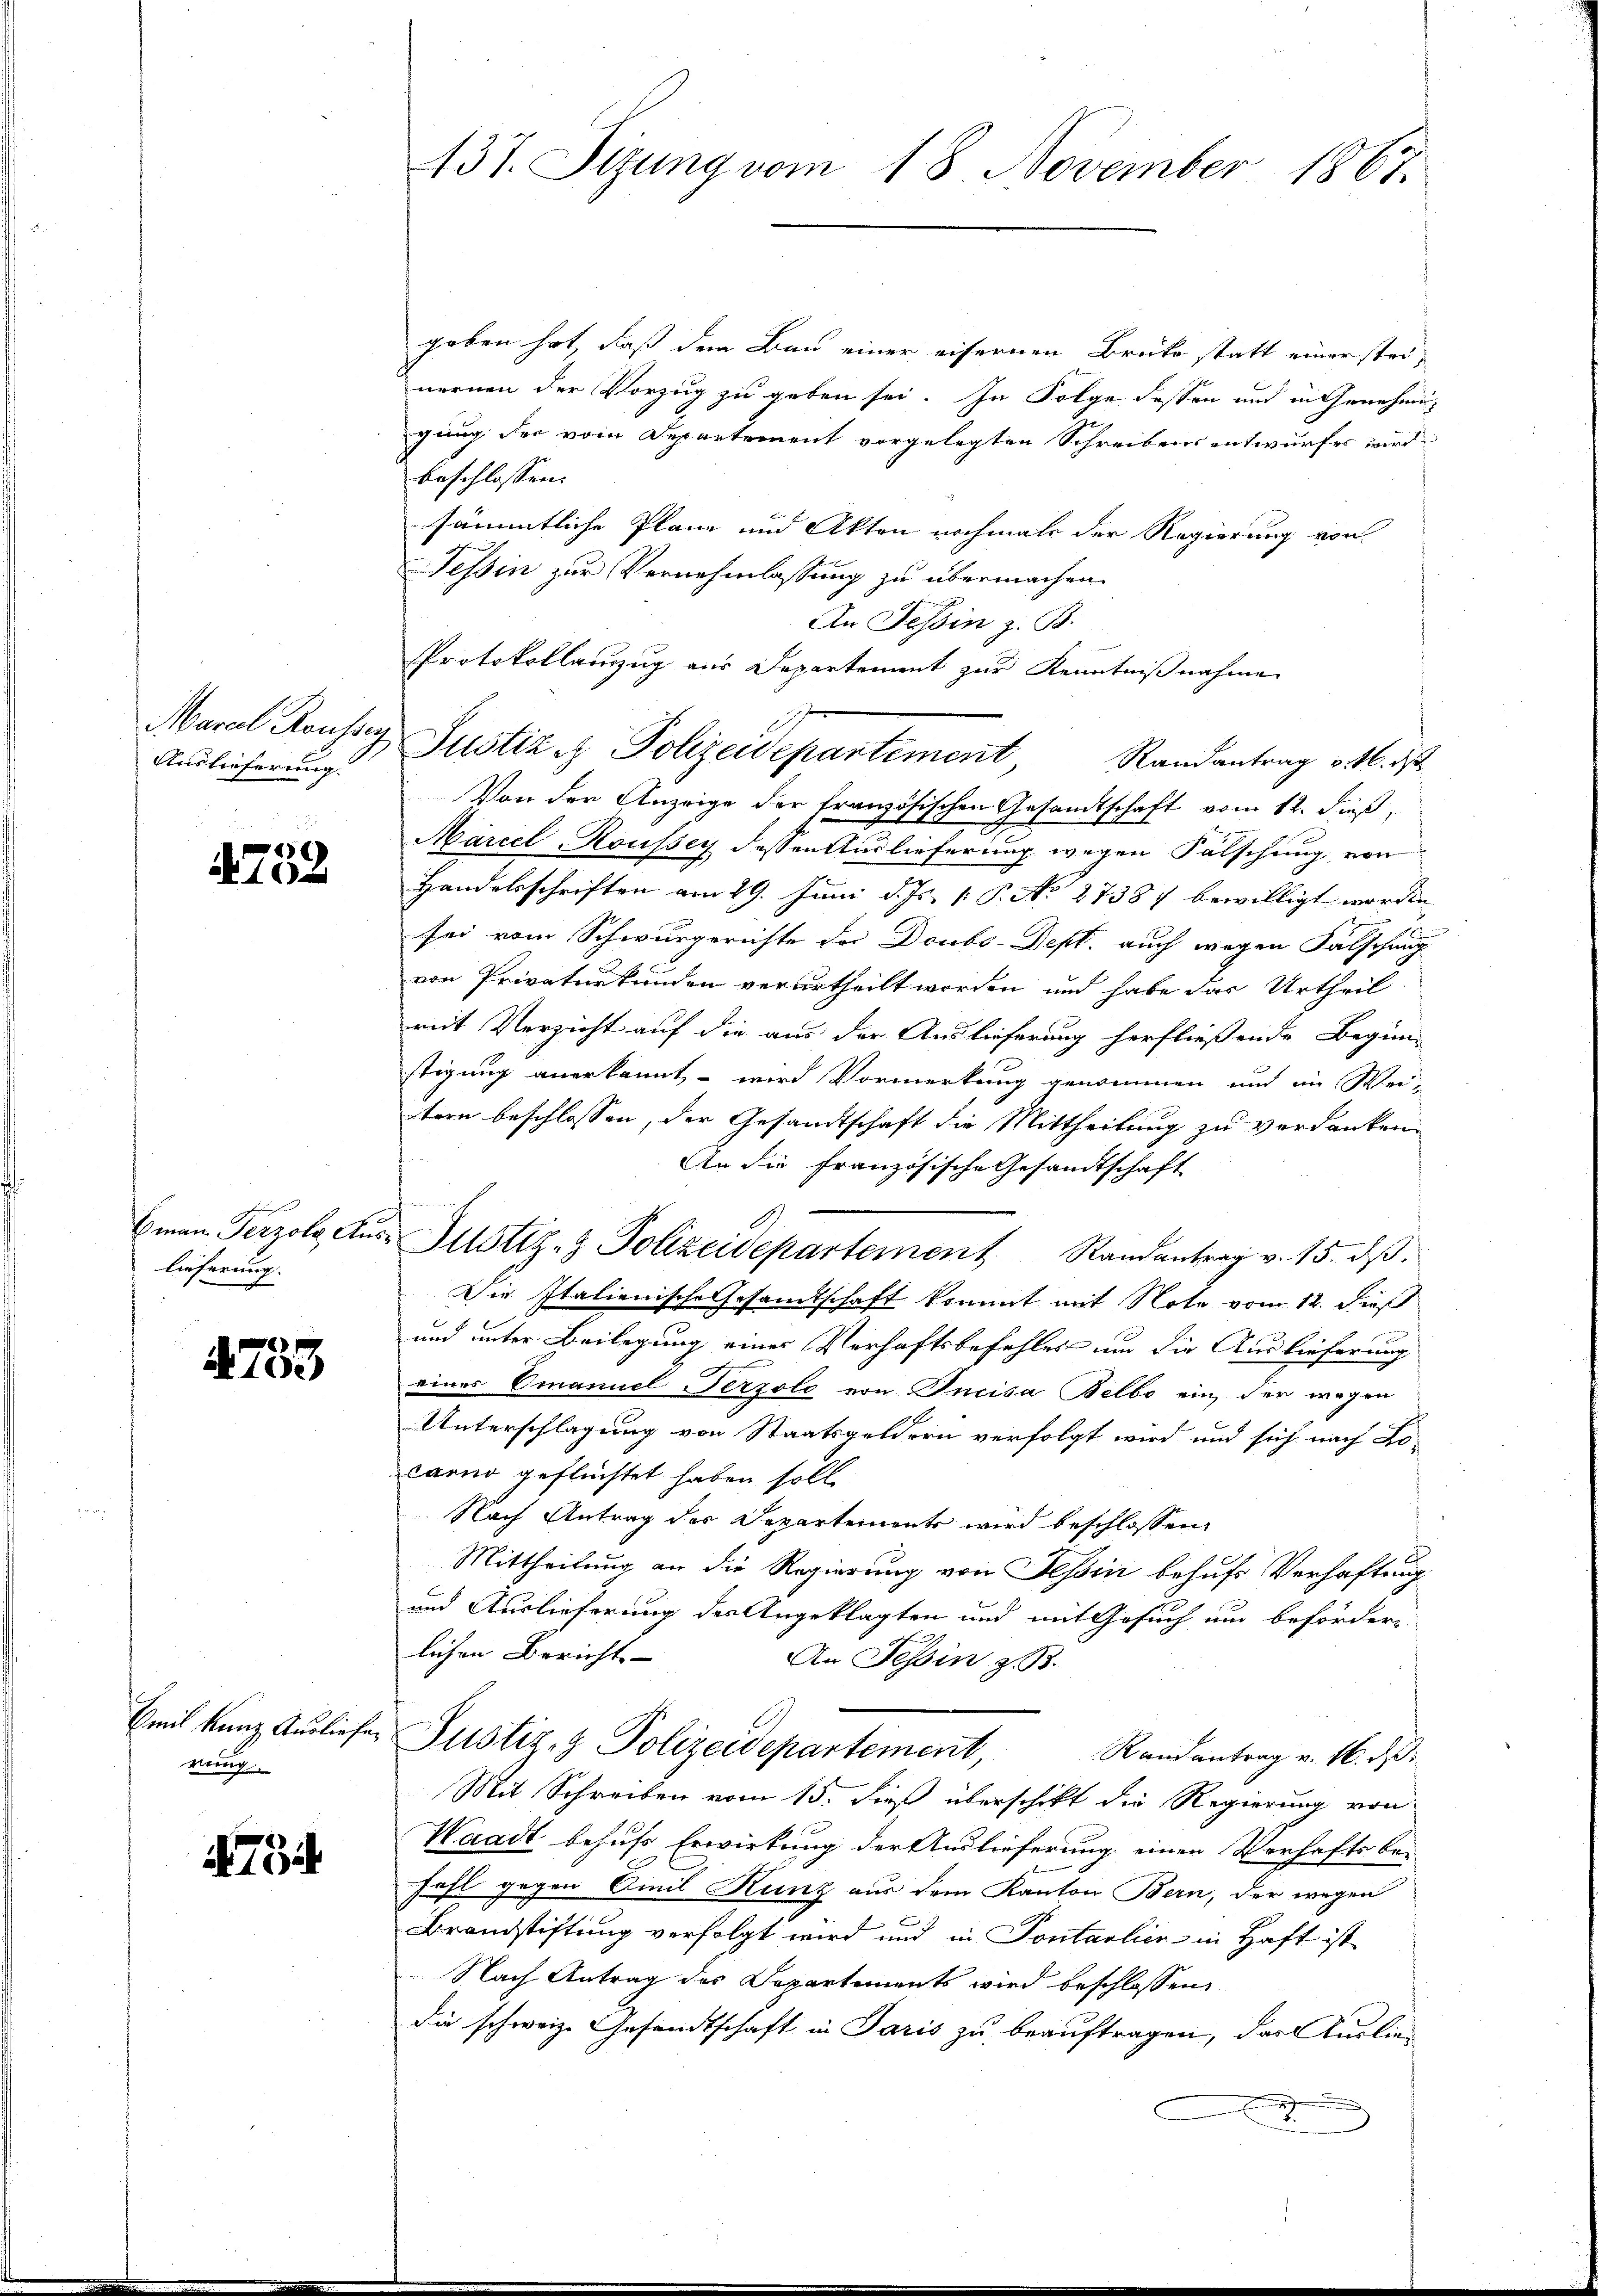
Auslieferung.

4752

Eman Terzols An
lieferung.

4733

Emil Kunz Ausliefe.
rung

4734

137. Sizung vom 18. November 1867.

geben hat, daß dem Bau einer eifernen Brüke statt einer steinernen der Vorzug zu geben sei. In Folge dessen und in Genehmig
gung der vom Departement vorgelegten Schreibens entwurfes wird
beschlossen:
sämmtliche Plane und Akten nochmals der Regierung von
Tessin zur Vernehmlassung zu übermachen.
An Tessin z. B.
Protokollanzug aus Departement zur Kenntnißnahme
Von der Anzeige der französischen Gesandtschaft vom 12. dieß,
A
Marcel Roussey dessen Auslieferung wegen Falschung von
Handelsschriften am 29. Juni d. Js. p. P. No 27387 bewilligt worden.
sei vom Schwurgerichte des Doubs-Dept. auch wegen Falschung
von Privaturkunden verurtheilt worden und habe das Urtheil
mit Verzicht auf die aus der Auslieferung herfließende Beginn-
stigung anerkannt, – wird Vormerkung genommen und im Wei-
tern beschlossen, der Gesandtschaft die Mittheilung zu verdanken.
An die französische Gesandtschaft
Justiz- & Polizeidepartement Randantrag v. 15. dβ.
Die Italienische Gesamtschaft kommt mit Note vom 12. dieß
und unter Beilegung eines Verhaftsbefehles um die Auslieferung
eines Emanuel Terzole von Incisa Belbo ein, der wegen
Unterschlagung von Staatsgeldern verfolgt wird und sich nach Lo-
canno geflüchtet haben soll
Nach Antrag des Departemonts wird beschlossen,
Mittheilung an die Regierung von Tessin behufs Verhaftung.
und Auslieferung des Angeklagten und mit Gesuch um beförder-
lichen Bericht- |
An Tessin z. B.
Justiz- & Polizeidepartement,
Randantrag v. 16. d.
Mit Schreiben vom 15. dieß überschikt die Regierung von
Waadt behufs Erwirkung der Auslieferung einen Verhaftsbe-
fahl gegen Emil Kunz aus dem Kanton Bern, der wegen
Brandstiftung verfolgt wird und in Pontarlier in Haft ist
Nach Antrag des Departements wird beschlossen,
die schweize Gesandtschaft in Paris zu beauftragen, das Auslie¬

Maral Rouser Justiz & Polizeidepartement, Randantrag v. M.